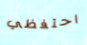
احتفظي